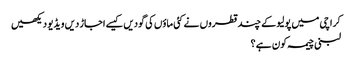
کراچی میں پولیو کے چند قطروں نے کئی ماؤں کی گودیں کیسے اجاڑ دیں ویڈیو دیکھیں
لبنی چیمہ کون ہے ؟